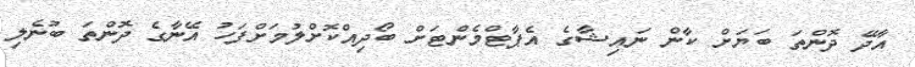
އާދޭ ދޮންތަ ބަޔަށް ކާން ނައިޝާގެ އެޕާޓްމެންޓަށް ބޯދިއްކޮށްލުމަށްފަހު އޭނާގެ ދޮންތަ ބުނެލި